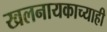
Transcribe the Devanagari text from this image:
खलनायकाच्याही